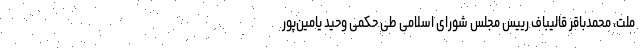
ملت، محمدباقر قالیباف رییس مجلس شورای اسلامی طی حکمی وحید یامین‌پور